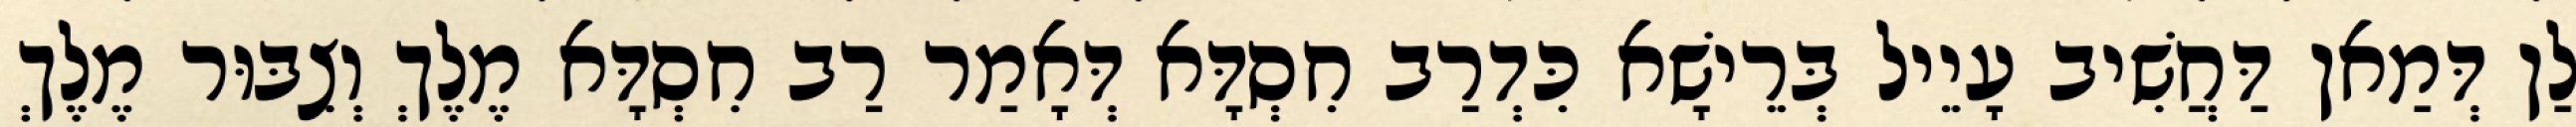
לַן דְּמַאן דַּחֲשִׁיב עָיֵיל בְּרֵישָׁא כִּדְרַב חִסְדָּא דְּאָמַר רַב חִסְדָּא מֶלֶךְ וְצִבּוּר מֶלֶךְ